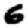
Digit: 6